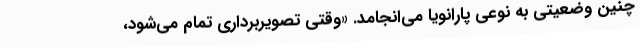
چنین وضعیتی به نوعی پارانویا می‌انجامد. «وقتی تصویربرداری تمام می‌شود،